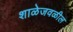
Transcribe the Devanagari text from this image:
शाळेजवळील